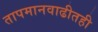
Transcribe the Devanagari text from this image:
तापमानवाढीतही